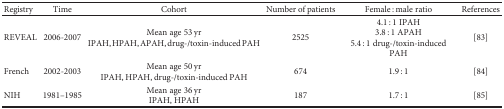
<table><thead><tr><td><b>Registry</b></td><td><b>Time</b></td><td><b>Cohort</b></td><td><b>Number of patients</b></td><td><b>Female : male ratio</b></td><td><b>References</b></td></tr></thead><tbody><tr><td>REVEAL</td><td>2006-2007</td><td>Mean age 53 yrIPAH, HPAH, APAH, drug-/toxin-induced PAH</td><td>2525</td><td>4.1 : 1 IPAH3.8 : 1 APAH5.4 : 1 drug-/toxin-induced PAH</td><td>[83]</td></tr><tr><td>French</td><td>2002-2003</td><td>Mean age 50 yrIPAH, HPAH, drug-/toxin-induced PAH</td><td>674</td><td>1.9 : 1</td><td>[84]</td></tr><tr><td>NIH</td><td>1981–1985</td><td>Mean age 36 yrIPAH, HPAH</td><td>187</td><td>1.7 : 1</td><td>[85]</td></tr></tbody></table>